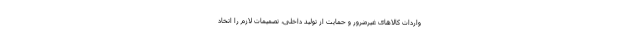
واردات کالا‌های غیرضرور و حمایت از تولید داخلی، تصمیمات لازم را اتخاد